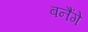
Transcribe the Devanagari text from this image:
बनैंगे